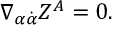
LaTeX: \nabla _ { \alpha \dot { \alpha } } Z ^ { A } = 0 .